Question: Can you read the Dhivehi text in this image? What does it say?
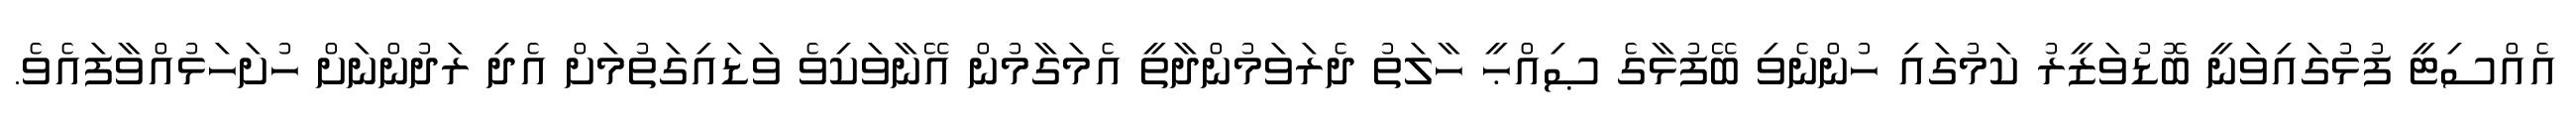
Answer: އެއްސިޓީ ފުޅުގައިވަނީ ބޮޑުވަޒީރު ކަމުގައި ހުންނެވި ބޭފުޅާގެ ޞިއްޙީ ހާލަތު ދެރަވަމުންދާތީ އެމަގާމުން އޭނާވަކިވެ ވަޑައިގަތުމަށް އެދި ރަދުންނަށް ހުށަހަޅުއްވާފައެވެ.